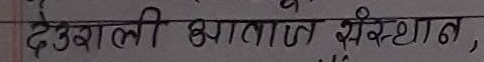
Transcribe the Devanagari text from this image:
देउखाली खाता संस्थान,